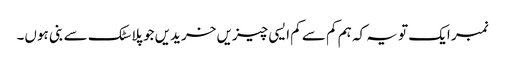
نمبر ایک تو یہ کہ ہم کم سے کم ایسی چیزیں خریدیں جو پلاسٹک سے بنی ہوں۔